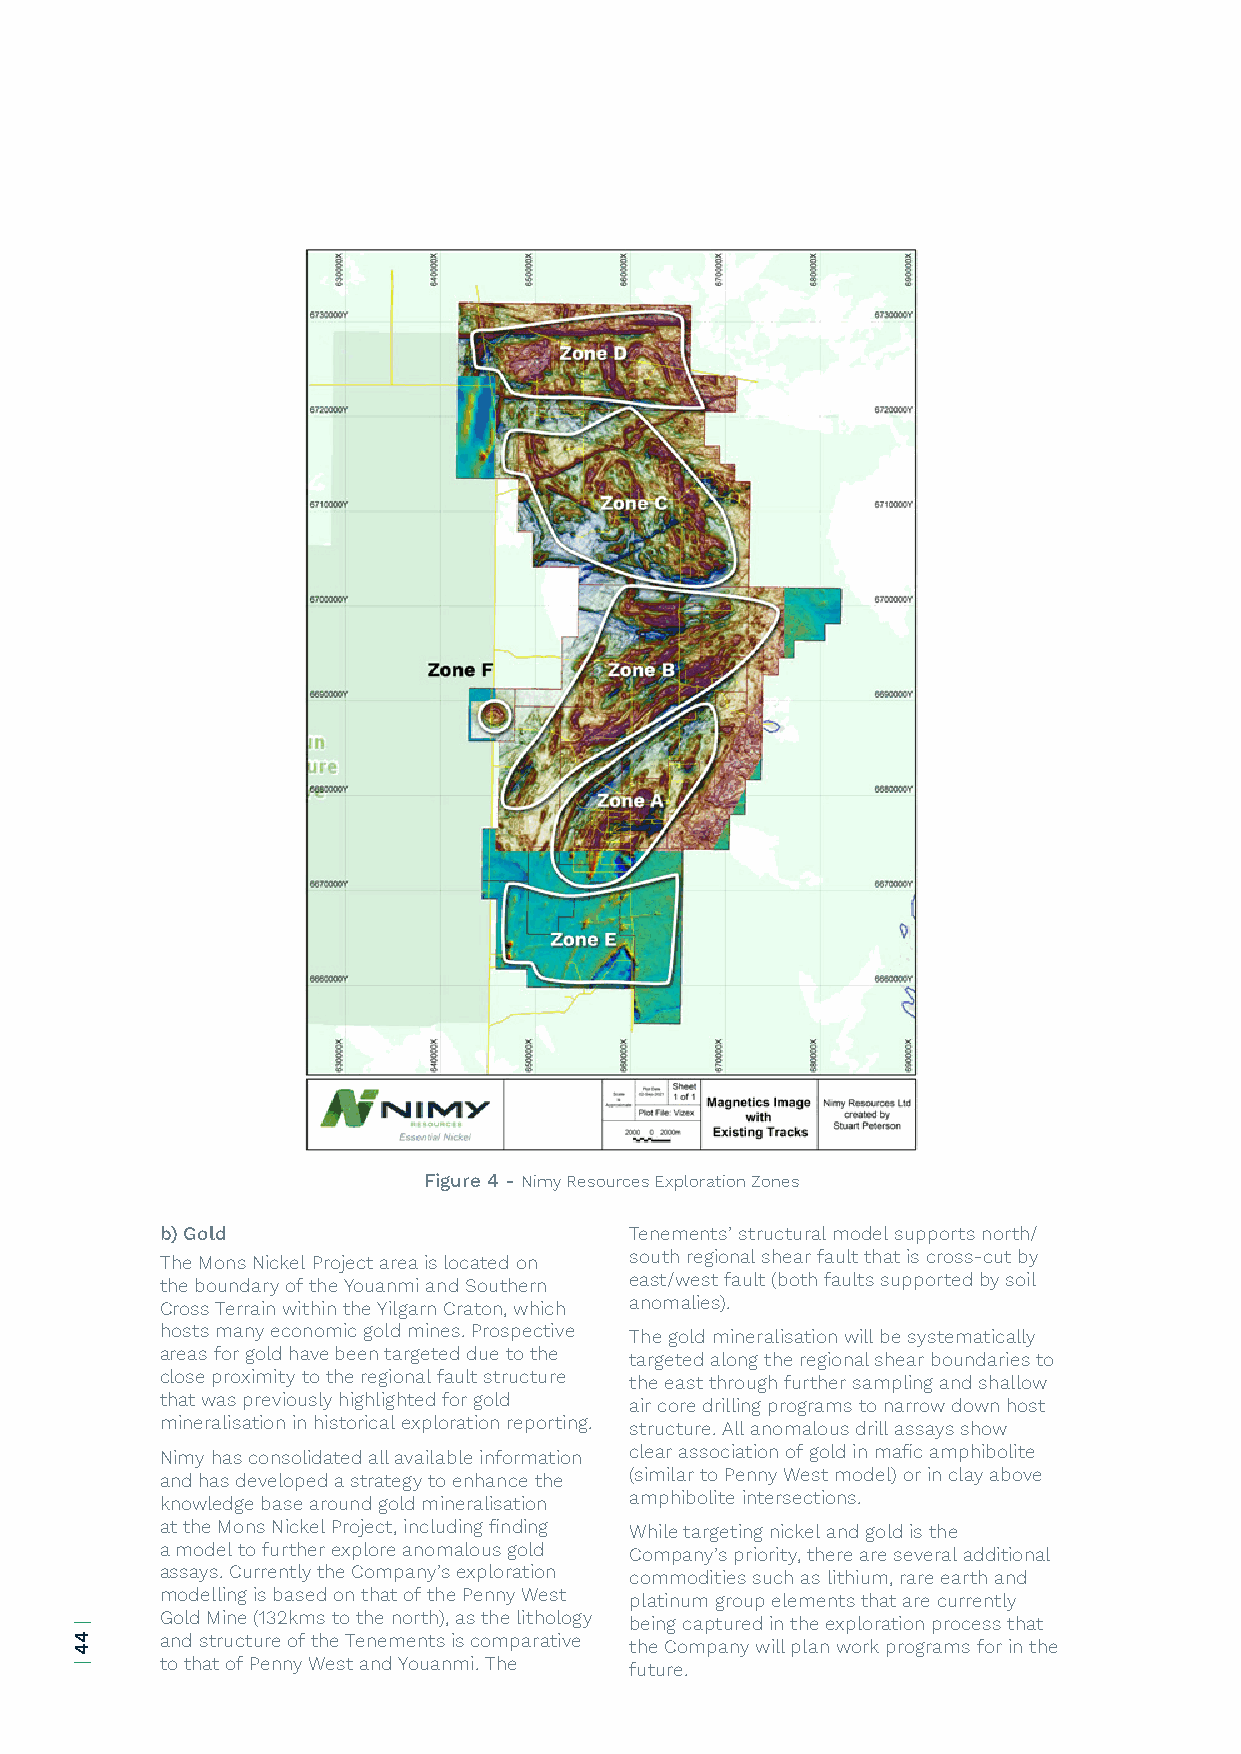
Figure 4 - Nimy Resources Exploration Zones
 b) Gold                        Tenements’ structural model supports north/
 The Mons Nickel Project area is located on south regional shear fault that is cross-cut by
 the boundary of the Youanmi and Southern east/west fault (both faults supported by soil
 Cross Terrain within the Yilgarn Craton, which anomalies).
 hosts many economic gold mines. Prospective The gold mineralisation will be systematically
 areas for gold have been targeted due to the targeted along the regional shear boundaries to
 close proximity to the regional fault structure the east through further sampling and shallow
 that was previously highlighted for gold air core drilling programs to narrow down host
 mineralisation in historical exploration reporting. structure. All anomalous drill assays show
 Nimy has consolidated all available information clear association of gold in mafic amphibolite
 and has developed a strategy to enhance the (similar to Penny West model) or in clay above
 knowledge base around gold mineralisation amphibolite intersections.
 at the Mons Nickel Project, including finding While targeting nickel and gold is the
 a model to further explore anomalous gold Company’s priority, there are several additional
 assays. Currently the Company’s exploration commodities such as lithium, rare earth and
 modelling is based on that of the Penny West platinum group elements that are currently
 Gold Mine (132kms to the north), as the lithology being captured in the exploration process that
 and structure of the Tenements is comparative the Company will plan work programs for in the
 to that of Penny West and Youanmi. The future.
 |
 44
 |